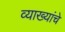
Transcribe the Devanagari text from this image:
व्याख्यांचे